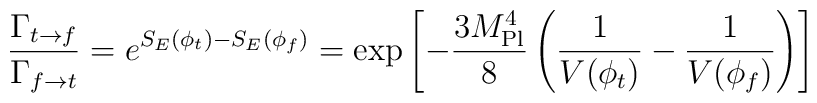
{\Gamma_{t\rightarrow f} \over\Gamma_{f\rightarrow t}}      =   e^{S_E(\phi_t) -S_E(\phi_f)}     = \exp\left[ -{3M_{\rm Pl}^4 \over 8}\left({1\over V(\phi_t)} -      {1\over V(\phi_f)}\right) \right]